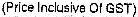
(PRICE INCLUSIVE OF GST)